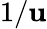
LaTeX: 1/\mathbf{u}